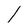
Character: l